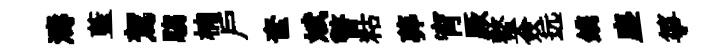
濤藍駕騶楠戶奩斌瞥䊀莾宵厥螯僉远鎸塵箏